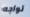
تواجه